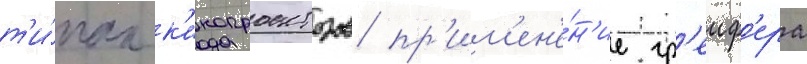
т'и́пах к'инопроекторов пр'им'ен'е́н'ие гр'еиф'ера